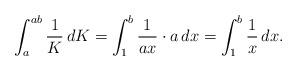
LaTeX: \begin{align*}\int_a^{ab} \frac 1K\,dK = \int_1^b \frac 1{ax} \cdot a\,dx = \int_1^b \frac 1x\,dx.\end{align*}